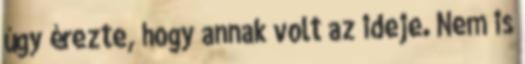
úgy érezte, hogy annak volt az ideje. Nem is